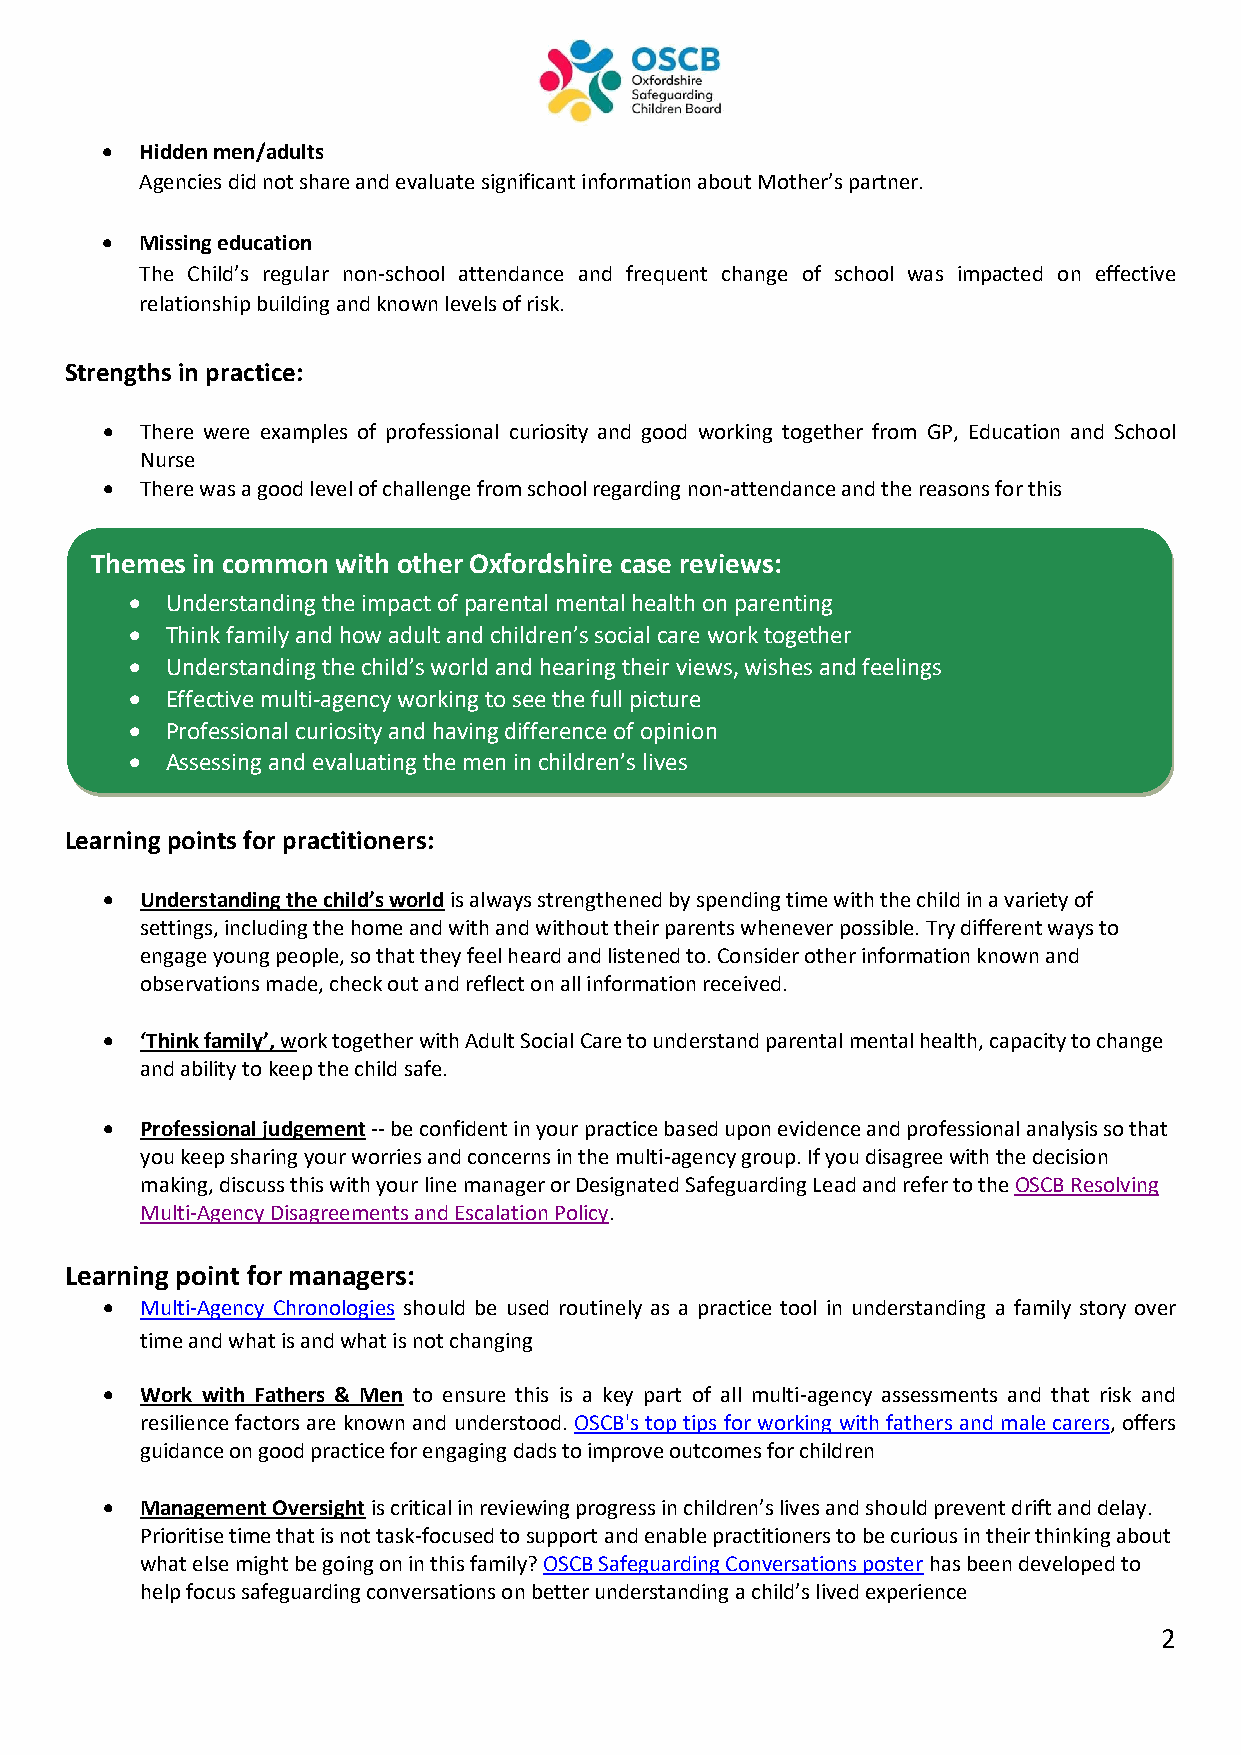
• Hidden men/adults
 Agencies did not share and evaluate significant information about Mother’s partner.
 • Missing education
 The Child’s regular non-school attendance and frequent change of school was impacted on effective
 relationship building and known levels of risk.
 Strengths in practice:
 • There were examples of professional curiosity and good working together from GP, Education and School
 Nurse
 • There was a good level of challenge from school regarding non-attendance and the reasons for this
 Themes in common with other Oxfordshire case reviews:
 • Understanding the impact of parental mental health on parenting
 • Think family and how adult and children’s social care work together
 • Understanding the child’s world and hearing their views, wishes and feelings
 • Effective multi-agency working to see the full picture
 • Professional curiosity and having difference of opinion
 • Assessing and evaluating the men in children’s lives
 Learning points for practitioners:
 • Understanding the child’s world is always strengthened by spending time with the child in a variety of
 set tings, including the home and with and without their parents whenever possible. Try different ways to
 engage young people, so that they feel heard and listened to. Consider other information known and
 observations made, check out and reflect on all information received.
 • ‘Think family’, work together with Adult Social Care to understand parental mental health, capacity to change
 and ability to keep the child safe.
 • Professional judgement -- be confident in your practice based upon evidence and professional analysis so that
 you keep sharing your worries and concerns in the multi-agency group. If you disagree with the decision
 making, discuss this with your line manager or Designated Safeguarding Lead and refer to the OSCB Resolving
 Multi-Agency Disagreements and Escalation Policy.
 Learning point for managers:
 • Multi-Agency Chronologies should be used routinely as a practice tool in understanding a family story over
 time and what is and what is not changing
 • Work with Fathers & Men to ensure this is a key part of all multi-agency assessments and that risk and
 resilience factors are known and understood. OSCB's top tips for working with fathers and male carers, offers
 guidance on good practice for engaging dads to improve outcomes for children
 • Management Oversight is critical in reviewing progress in children’s lives and should prevent drift and delay.
 Prioritise time that is not task-focused to support and enable practitioners to be curious in their thinking about
 what else might be going on in this family? OSCB Safeguarding Conversations poster has been developed to
 help focus safeguarding conversations on better understanding a child’s lived experience
 2